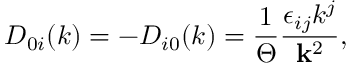
D _ { 0 i } ( k ) = - D _ { i 0 } ( k ) = \frac 1 \Theta \frac { \epsilon _ { i j } k ^ { j } } { { \bf k } ^ { 2 } } ,